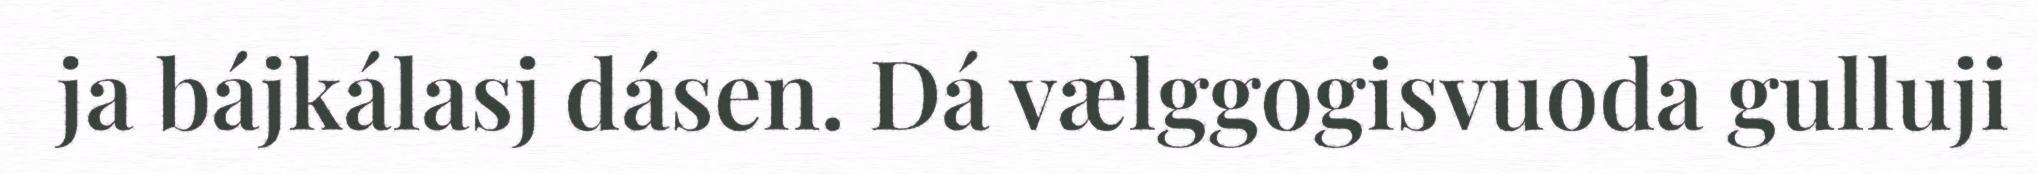
ja bájkálasj dásen. Dá vælggogisvuoda gulluji